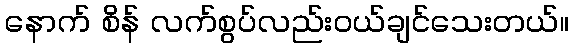
နောက် စိန် လက်စွပ်လည်းဝယ်ချင်သေးတယ်။